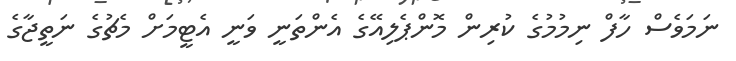
ނަމަވެސް ހާފް ނިމުމުގެ ކުރިން މޮންޕެލިއޭގެ އެންތަނީ ވަނީ އެޓީމަށް މެޗުގެ ނަތީޖާގެ